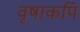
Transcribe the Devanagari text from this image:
वृषाकपि